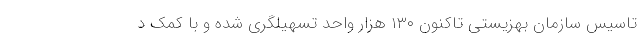
تاسیس سازمان بهزیستی تاکنون ۱۳۰ هزار واحد تسهیلگری شده و با کمک د